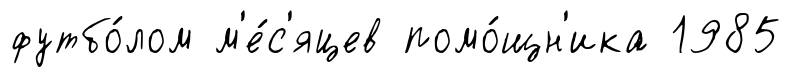
футбо́лом м'е́с'яцев помо́щн'ика 1985